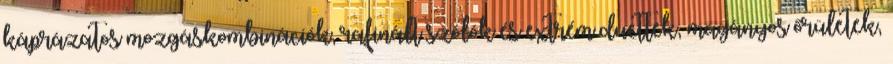
káprázatos mozgáskombinációk, rafinált szólók és extrém duettek, magányos őrületek,